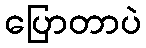
ပြောတာပဲ